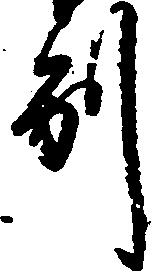
別